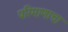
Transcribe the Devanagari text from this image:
परिमाणाचा